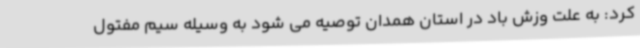
کرد: به علت وزش باد در استان همدان توصیه می شود به وسیله سیم مفتول